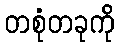
တစုံတခုကို